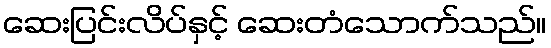
ဆေးပြင်းလိပ်နှင့် ဆေးတံသောက်သည်။